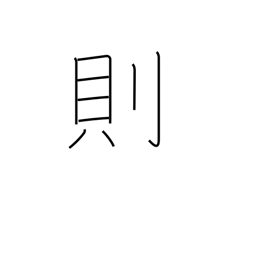
Meaning: model after